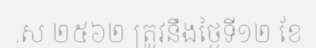
.ស ២៥៦២ ត្រូវនឹងថ្ងៃទី១២ ខែ